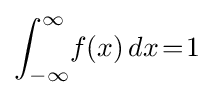
\int _{-\infty }^{\infty }\!f(x)\,dx\!=\!1